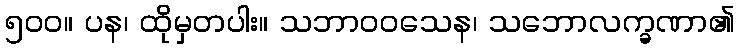
၅၀၀။ ပန၊ ထိုမှတပါး။ သဘာဝဝသေန၊ သဘောလက္ခဏာ၏